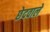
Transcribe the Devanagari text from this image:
छेदवाले